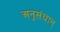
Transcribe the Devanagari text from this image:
अनुसंधान्